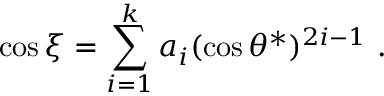
\cos { \xi } = \sum _ { i = 1 } ^ { k } a _ { i } ( \cos { \theta ^ { * } } ) ^ { 2 i - 1 } \ .